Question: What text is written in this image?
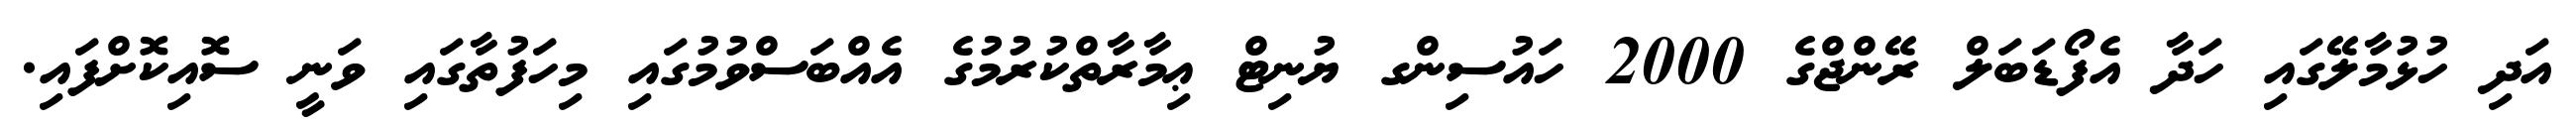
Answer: އަދި ހުޅުމާލޭގައި ހަދާ އެފޯޑަބަލް ރޭންޖްގެ 2000 ހައުސިންގ ޔުނިޓް ޢިމާރާތްކުރުމުގެ އެއްބަސްވުމުގައި މިހަފުތާގައި ވަނީ ސޮއިކޮށްފައި.